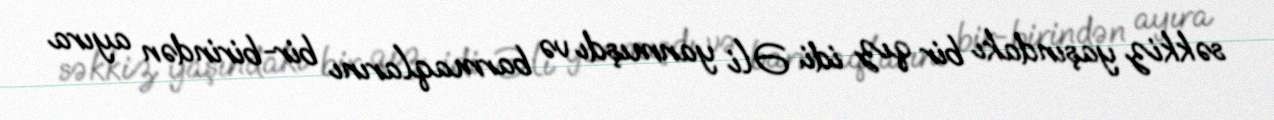
səkkiz yaşındakı bir qız idi. Əli yanmışdı və barmaqlarını bir-birindən ayıra